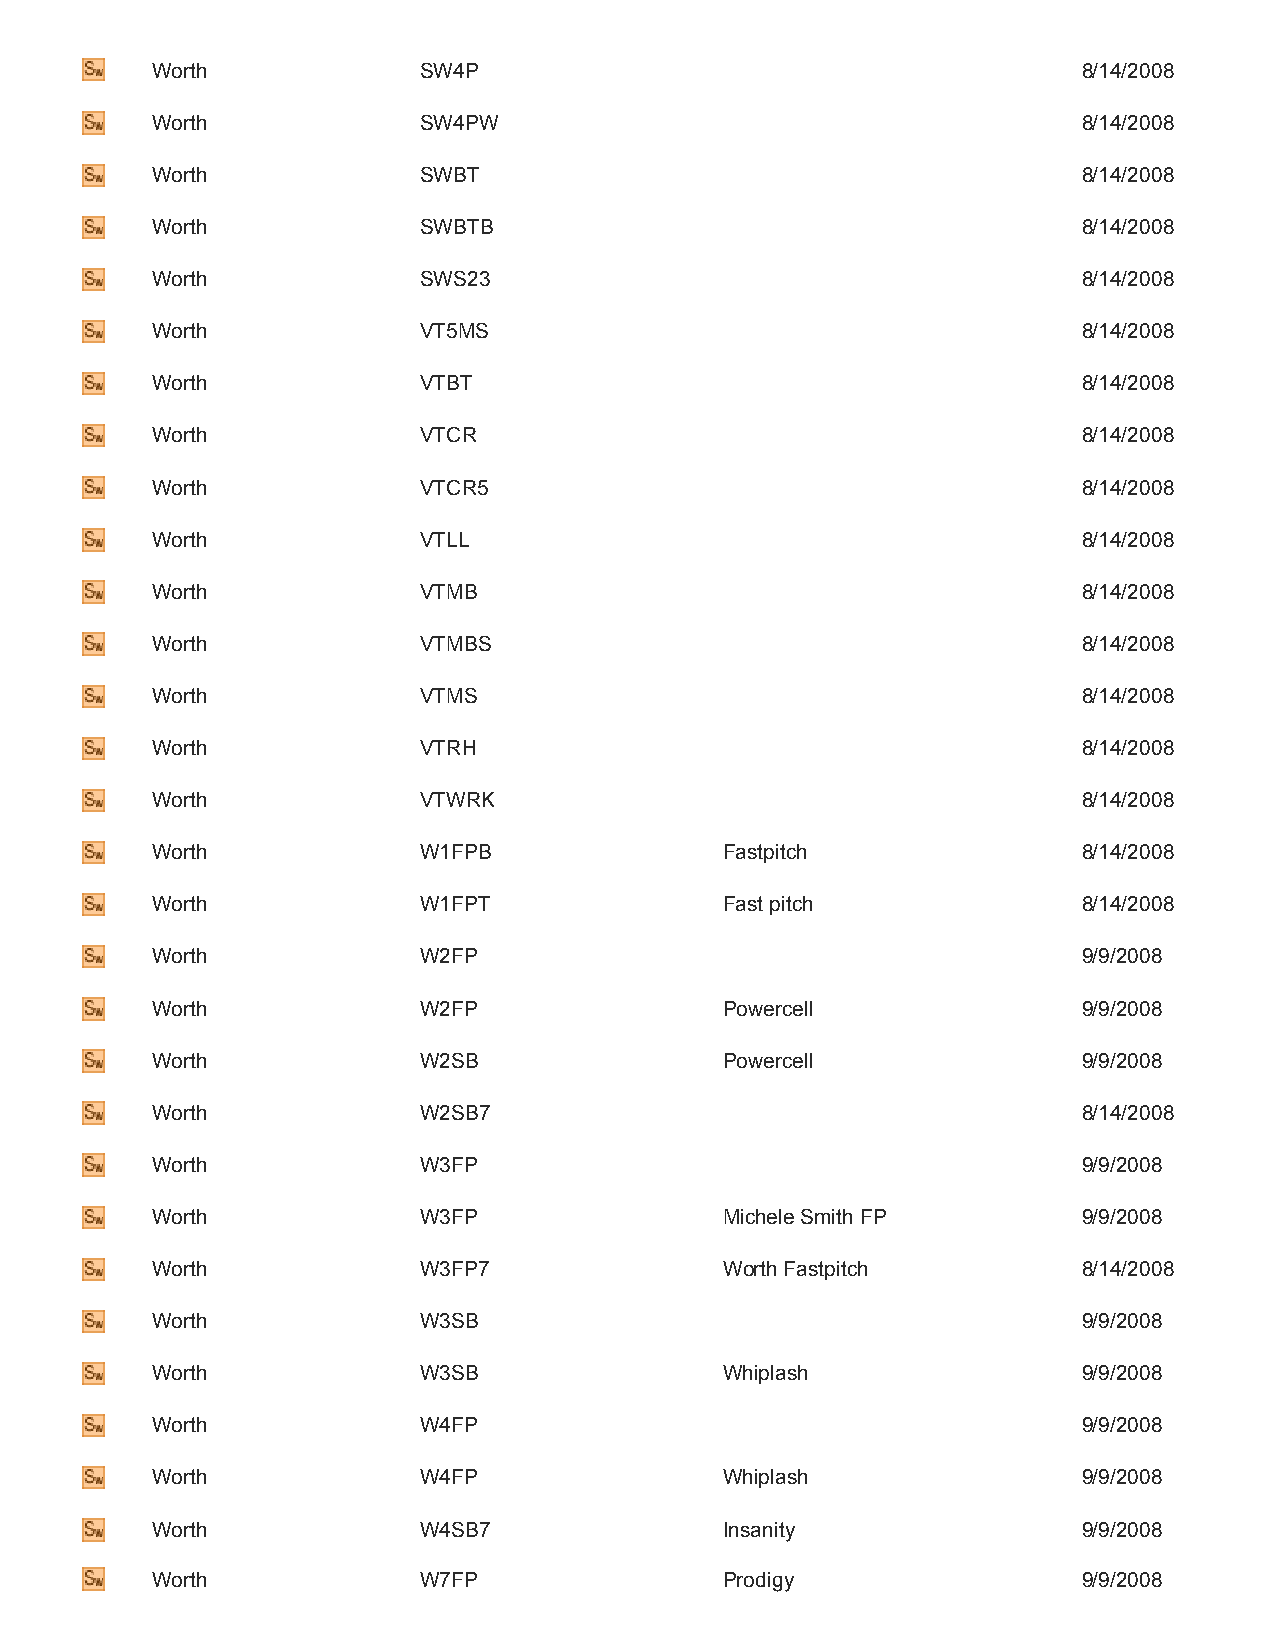
Worth             SW4P                                        8/14/2008
 Worth             SW4PW                                       8/14/2008
 Worth             SWBT                                        8/14/2008
 Worth             SWBTB                                       8/14/2008
 Worth             SWS23                                       8/14/2008
 Worth             VT5MS                                       8/14/2008
 Worth             VTBT                                        8/14/2008
 Worth             VTCR                                        8/14/2008
 Worth             VTCR5                                       8/14/2008
 Worth             VTLL                                        8/14/2008
 Worth             VTMB                                        8/14/2008
 Worth             VTMBS                                       8/14/2008
 Worth             VTMS                                        8/14/2008
 Worth             VTRH                                        8/14/2008
 Worth             VTWRK                                       8/14/2008
 Worth             W1FPB               Fastpitch               8/14/2008
 Worth             W1FPT               Fast pitch              8/14/2008
 Worth             W2FP                                        9/9/2008
 Worth             W2FP                Powercell               9/9/2008
 Worth             W2SB                Powercell               9/9/2008
 Worth             W2SB7                                       8/14/2008
 Worth             W3FP                                        9/9/2008
 Worth             W3FP                Michele Smith FP        9/9/2008
 Worth             W3FP7               Worth Fastpitch         8/14/2008
 Worth             W3SB                                        9/9/2008
 Worth             W3SB                Whiplash                9/9/2008
 Worth             W4FP                                        9/9/2008
 Worth             W4FP                Whiplash                9/9/2008
 Worth             W4SB7               Insanity                9/9/2008
 Worth             W7FP                Prodigy                 9/9/2008